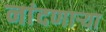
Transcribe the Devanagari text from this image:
नांदणाऱ्या